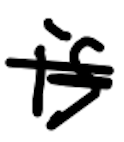
Text: is
Cross-out: scratch
Writing tool: digital_black